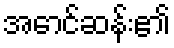
အောင်ဆန်း၏